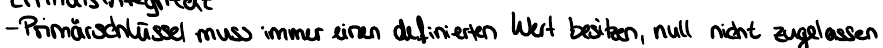
- Primärschlüssel muss immer einen definierten Wert besitzen, null nicht zugelassen